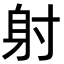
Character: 射